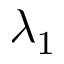
\lambda _ { 1 }